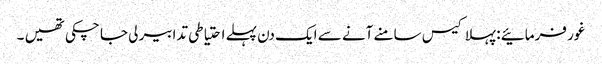
غور فرمائیے : پہلا کیس سامنے آنے سے ایک دن پہلے احتیاطی تدابیر لی جا چکی تھیں ۔